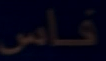
فاس